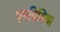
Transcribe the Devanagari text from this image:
एनविडिया